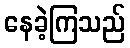
နေခဲ့ကြသည်